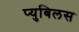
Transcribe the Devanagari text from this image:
प्युबिलस